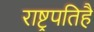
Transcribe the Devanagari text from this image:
राष्ट्रपतिहै